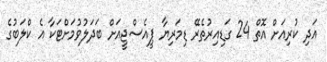
އަދި ކުރިއަށް އޮތް 24 ގަޑިއިރުތެރޭ ޑިމަރިޔާ ޕީއެސްޖީއަށް ބަދަލުވުމަށްޓަކާ އެ ކްލަބުގެ